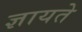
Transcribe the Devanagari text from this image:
ज्ञायते